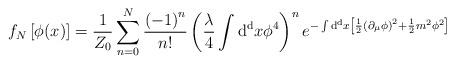
LaTeX: \begin{align*}f_N \left[ \phi (x) \right]= {1 \over Z_0} \sum_{n=0}^{N} {\left( -1 \right)^n \over n!} \left( {\lambda \over 4} \int {\rm d^d} x \phi^4 \right)^n e^{- \int {\rm d^d} x \left[ {1 \over 2} \left( \partial_{\mu} \phi \right)^2 + {1 \over 2} m^2 \phi^2 \right] }\end{align*}